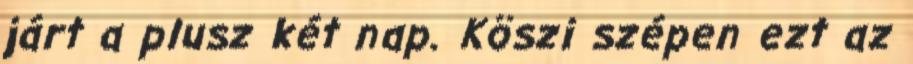
járt a plusz két nap. Köszi szépen ezt az